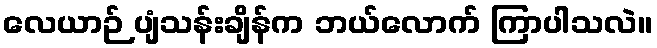
လေယာဉ် ပျံသန်းချိန်က ဘယ်လောက် ကြာပါသလဲ။